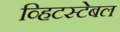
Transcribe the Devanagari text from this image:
व्हिटस्टेबल